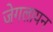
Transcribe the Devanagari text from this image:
जेगलायन